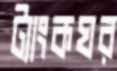
ট্যাংকঘর